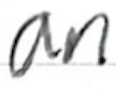
Text: an
Cross-out: clean
Writing tool: ballpoint